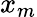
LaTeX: x_{m}